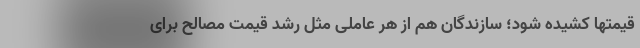
قیمتها کشیده شود؛ سازندگان هم از هر عاملی مثل رشد قیمت مصالح برای